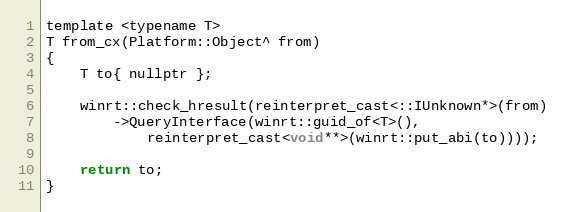
Language: C
template <typename T>
T from_cx(Platform::Object^ from)
{
    T to{ nullptr };

    winrt::check_hresult(reinterpret_cast<::IUnknown*>(from)
        ->QueryInterface(winrt::guid_of<T>(),
            reinterpret_cast<void**>(winrt::put_abi(to))));

    return to;
}